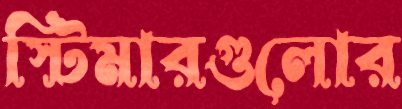
স্টিমারগুলোর